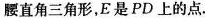
腰直角三角形，E是PD上的点.